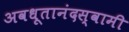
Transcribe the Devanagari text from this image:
अवधूतानंदस्वामी